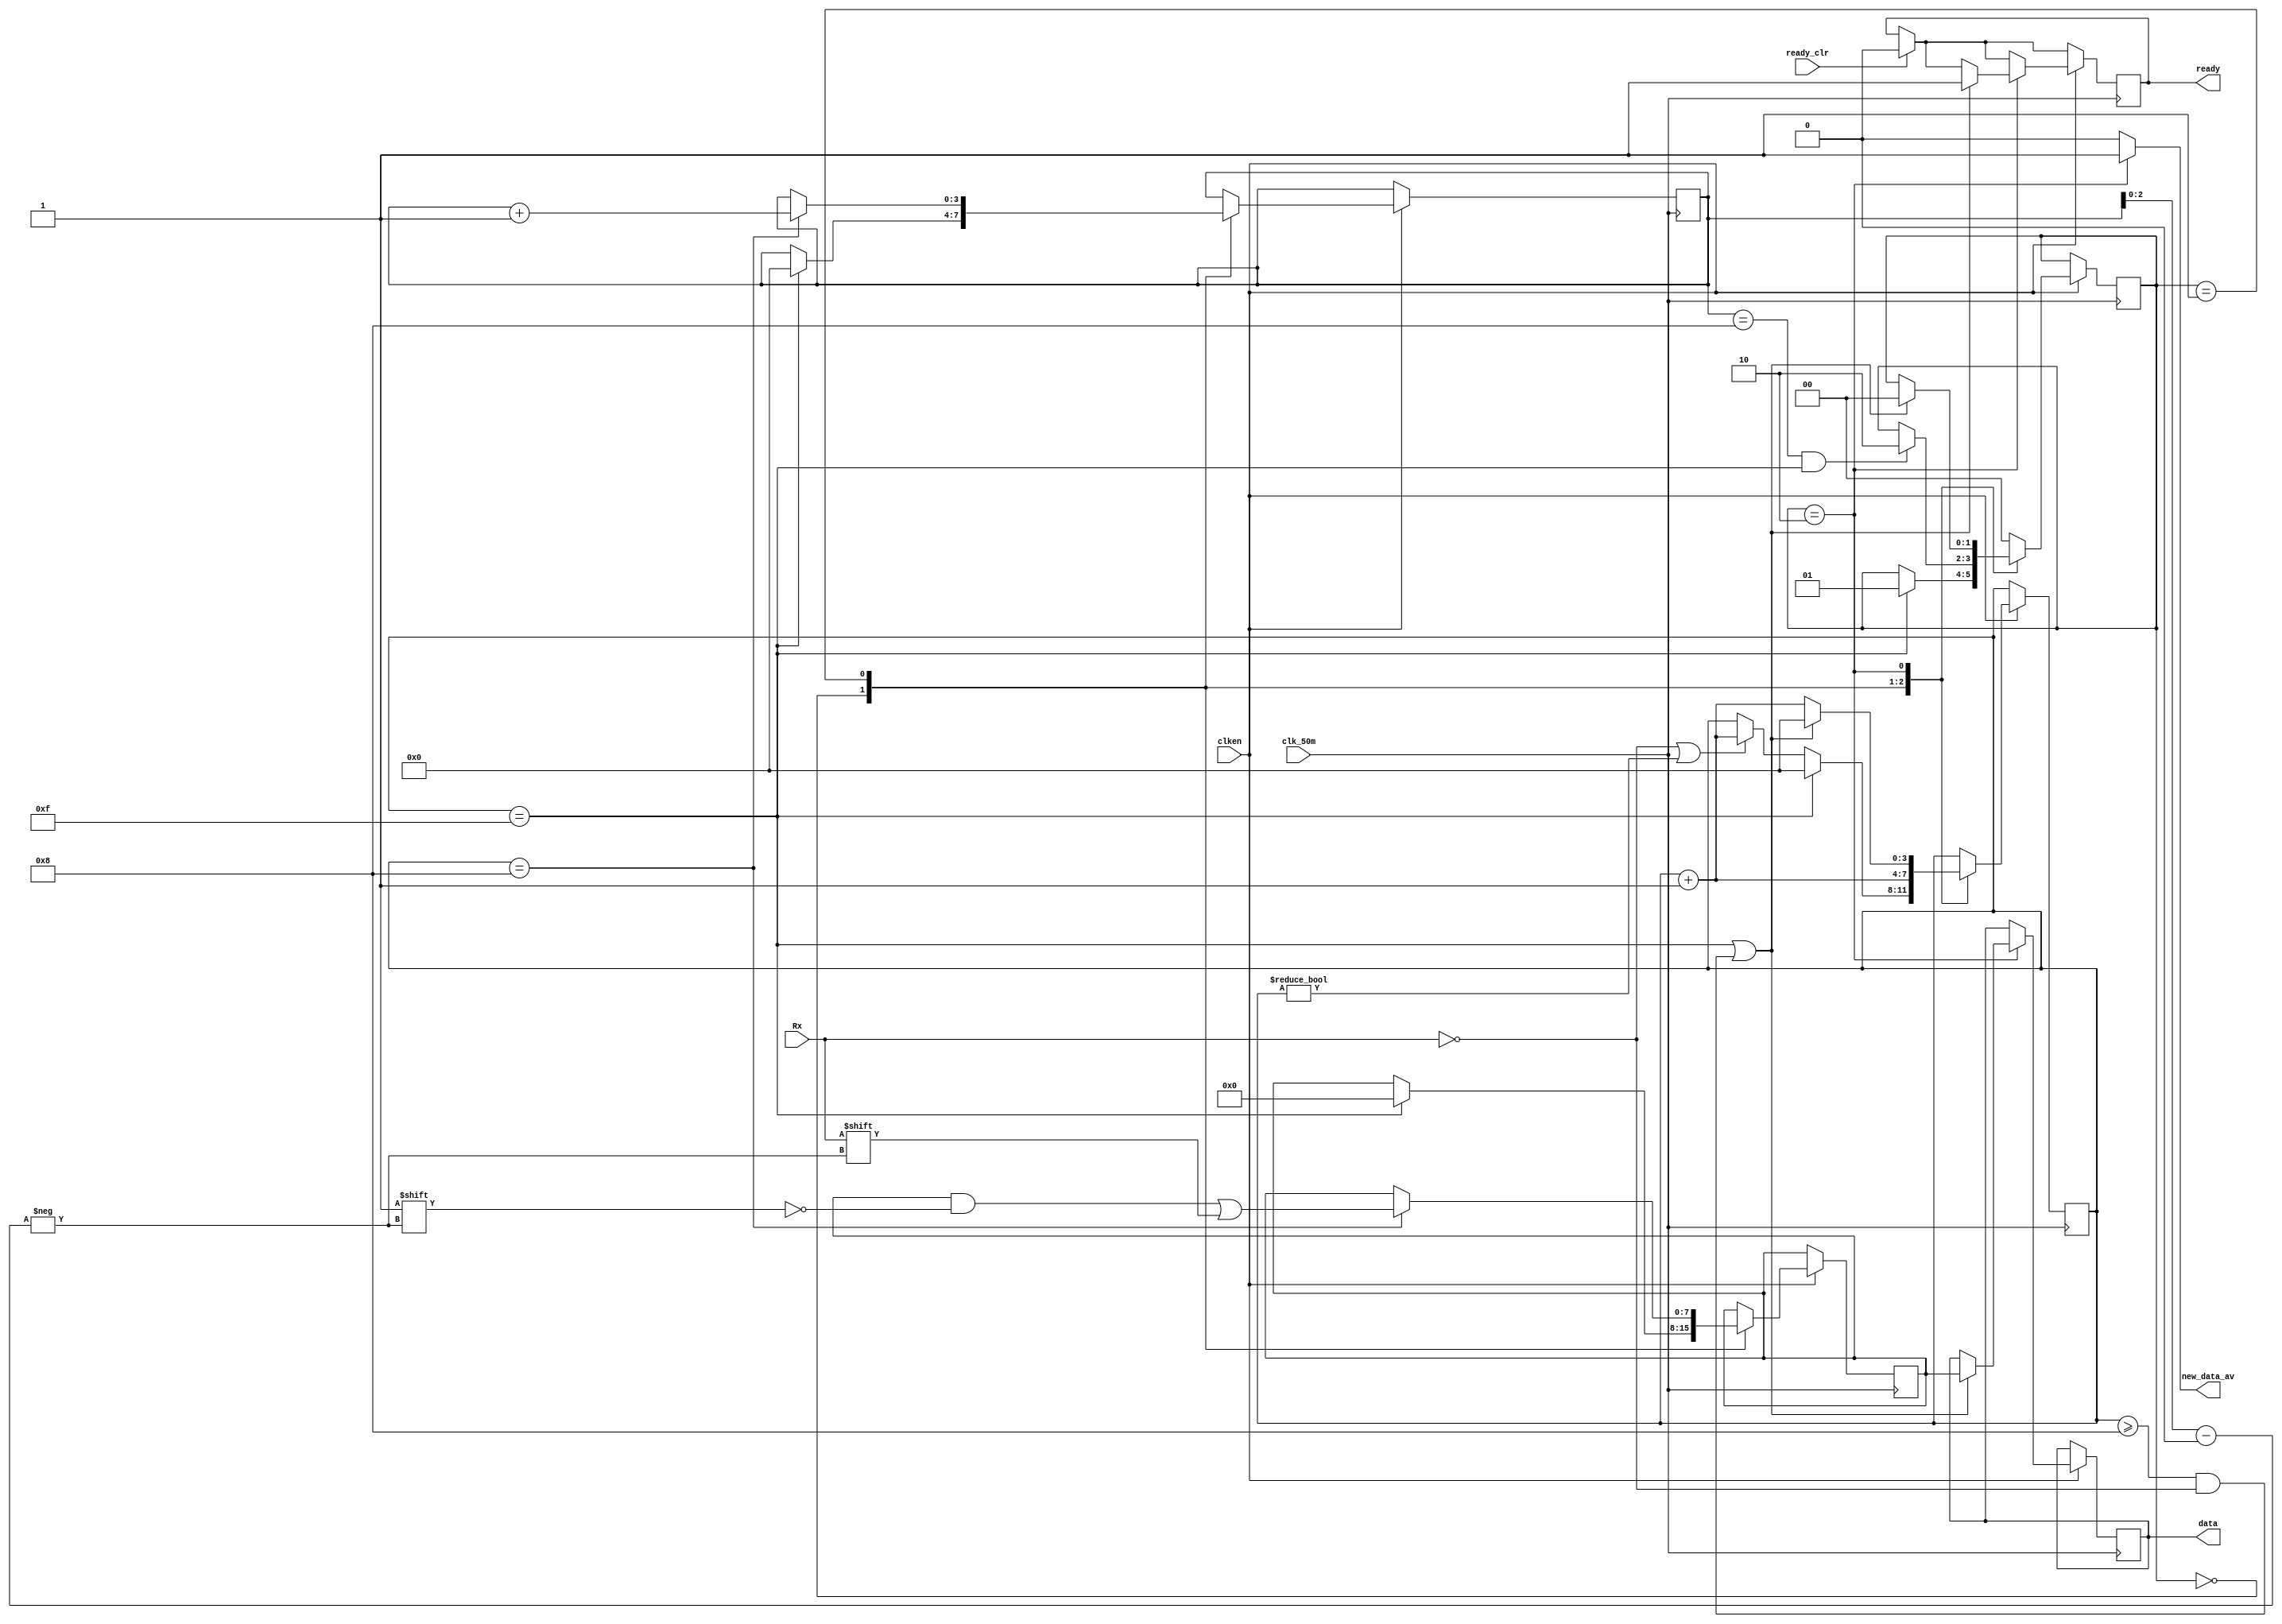
module receiver  (input wire Rx,
						output reg ready,
						input wire ready_clr,
						input wire clk_50m,
						input wire clken,
						output reg [7:0] data,
						output wire new_data_av
						
						);
initial begin
	ready = 1'b0; // initialize ready = 0
	data = 8'b0; // initialize data as 00000000
end
// Define the 4 states using 00,01,10 signals
parameter RX_STATE_START	= 2'b00;
parameter RX_STATE_DATA		= 2'b01;
parameter RX_STATE_STOP		= 2'b10;
assign new_data_av= (state==2'b10)? 1:0;

reg [1:0] state = RX_STATE_START; // state is a 2-bit register/vector,initially equal to 00
reg [3:0] sample = 0; // This is a 4-bit register  
reg [3:0] bit_pos = 0; // bit position is a 4-bit register/vector, initially equal to 000
reg [7:0] scratch = 8'b0; // An 8-bit register assigned to 00000000

always @(posedge clk_50m) begin
	if (ready_clr)
		ready <= 1'b0; // This resets ready to 0

	if (clken) begin
		case (state) // Let us consider the 3 states of the receiver 
		RX_STATE_START: begin // We define condtions for starting the receiver 
			if (!Rx || sample != 0) // start counting from the first low sample
				sample <= sample + 4'b1; // increment by 0001
			if (sample == 15) begin // once a full bit has been sampled
				state <= RX_STATE_DATA; //	start collecting data bits
				bit_pos <= 0;
				sample <= 0; 
				scratch <= 0;
			end
		end
		RX_STATE_DATA: begin // We define conditions for starting the data colleting
			sample <= sample + 4'b1; // increment by 0001
			if (sample == 4'h8) begin // we keep assigning Rx data until all bits have 01 to 7
				scratch[bit_pos[2:0]] <= Rx;
				bit_pos <= bit_pos + 4'b1; // increment by 0001
			end
			if (bit_pos == 8 && sample == 15) // when a full bit has been sampled and 
				state <= RX_STATE_STOP; // bit position has finally reached 7, assign state to stop
		end
		RX_STATE_STOP: begin
			/*
			 * Our baud clock may not be running at exactly the
			 * same rate as the transmitter.  If we thing that
			 * we're at least half way into the stop bit, allow
			 * transition into handling the next start bit.
			 */
			if (sample == 15 || (sample >= 8 && !Rx)) begin
				state <= RX_STATE_START;
				data <= scratch;
				ready <= 1'b1;
				sample <= 0;
			end 
			else begin
				sample <= sample + 4'b1;
			end
		end
		default: begin
			state <= RX_STATE_START; // always begin with state assigned to START
		end
		endcase
	end
end

endmodule